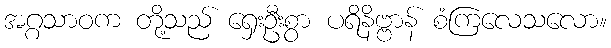
အဂ္ဂသာဝက တို့သည် ရှေးဦးစွာ ပရိနိဗ္ဗာန် စံကြလေသလော။